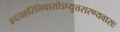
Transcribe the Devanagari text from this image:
हृदयहरिनिवासोऽप्युत्तरारण्यवासः